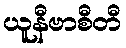
ယူနီဗာစီတီ